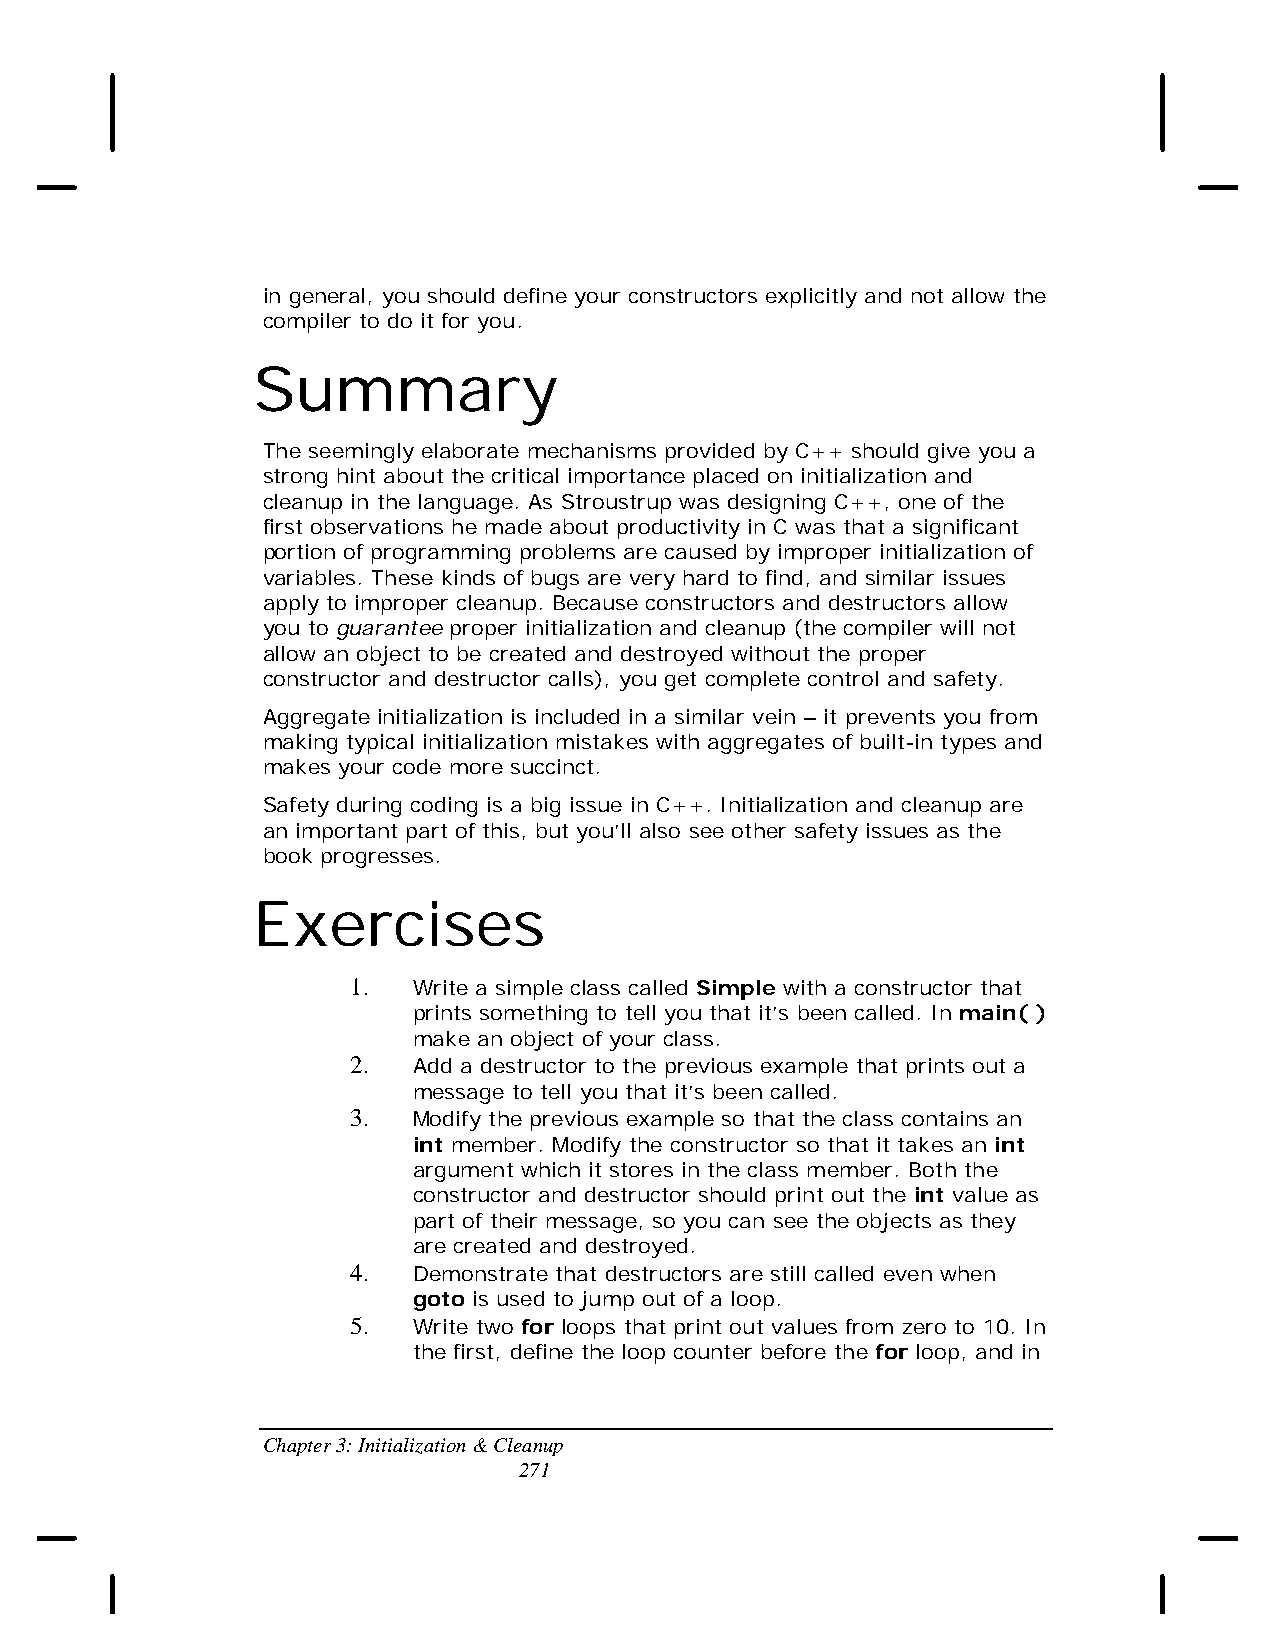
in general, you should define your constructors explicitly and not allow the
 compiler to do it for you.
 Summary
 The seemingly elaborate mechanisms provided by C++ should give you a
 strong hint about the critical importance placed on initialization and
 cleanup in the language. As Stroustrup was designing C++, one of the
 first observations he made about productivity in C was that a significant
 portion of programming problems are caused by improper initialization of
 variables. These kinds of bugs are very hard to find, and similar issues
 apply to improper cleanup. Because constructors and destructors allow
 you to guarantee proper initialization and cleanup (the compiler will not
 allow an object to be created and destroyed without the proper
 constructor and destructor calls), you get complete control and safety.
 Aggregate initialization is included in a similar vein – it prevents you from
 making typical initialization mistakes with aggregates of built-in types and
 makes your code more succinct.
 Safety during coding is a big issue in C++. Initialization and cleanup are
 an important part of this, but you’ll also see other safety issues as the
 book progresses.
 Exercises
 1.  Write a simple class called Simple with a constructor that
 prints something to tell you that it’s been called. In main( )
 make an object of your class.
 2.  Add a destructor to the previous example that prints out a
 message to tell you that it’s been called.
 3.  Modify the previous example so that the class contains an
 int member. Modify the constructor so that it takes an int
 argument which it stores in the class member. Both the
 constructor and destructor should print out the int value as
 part of their message, so you can see the objects as they
 are created and destroyed.
 4.  Demonstrate that destructors are still called even when
 goto is used to jump out of a loop.
 5.  Write two for loops that print out values from zero to 10. In
 the first, define the loop counter before the for loop, and in
 Chapter 3: Initialization & Cleanup
 271